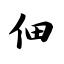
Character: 佃